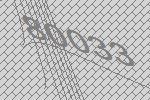
80033